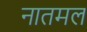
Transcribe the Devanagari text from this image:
नातमल